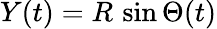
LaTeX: Y(t)=R\, \sin\Theta(t)